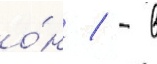
о́н / - в